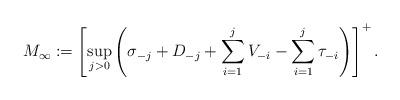
LaTeX: \begin{align*} M_{\infty} := \left[ \sup_{j > 0}\left( \sigma_{-j} + D_{-j} + \sum_{i=1}^{j} V_{-i} - \sum_{i=1}^{j} \tau_{-i} \right) \right]^{+}.\end{align*}